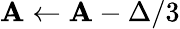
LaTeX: \mathbf{A}\leftarrow\mathbf{A}-\Delta/3